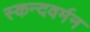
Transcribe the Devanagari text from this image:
स्कन्दवर्मन